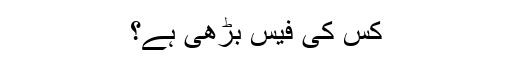
کس کی فیس بڑھی ہے؟